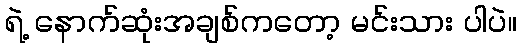
ရဲ့ နောက်ဆုံးအချစ်ကတော့ မင်းသား ပါပဲ။